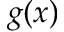
g ( x )